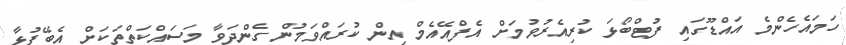
ހަމައެހެންމެ އައްޑޫގައި ފުޓްބޯޅަ ކުރިއެރުވުމަށް އެފްއޭއެމް އިން ކުރައްވަމުން ގެންދަވާ މަސައްކަތްތަކަށް އެބޭފުޅާ